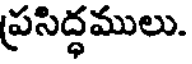
ప్రసిద్ధములు.